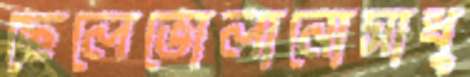
ছেলেভোলানোসাধু